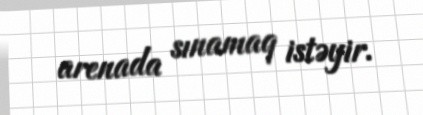
arenada sınamaq istəyir.